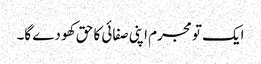
ایک تو مجرم اپنی صفائی کا حق کھو دے گا۔